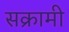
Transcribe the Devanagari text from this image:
सक्रामी